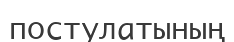
постулатының